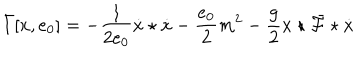
LaTeX: \bar { I } [ x , e _ { 0 } ] = - \frac { 1 } { 2 e _ { 0 } } \dot { x } \star \dot { x } - \frac { e _ { 0 } } { 2 } m ^ { 2 } - \frac { g } { 2 } x \star \bar { \cal F } \star \dot { x }